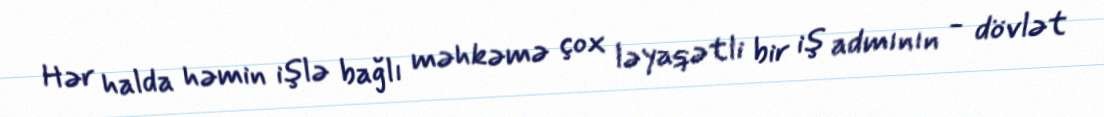
Hər halda həmin işlə bağlı məhkəmə çox ləyaqətli bir iş admının - dövlət